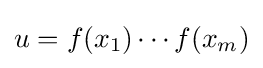
u=f(x_{1})\cdots f(x_{m})